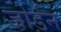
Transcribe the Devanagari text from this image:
जोर्डेन